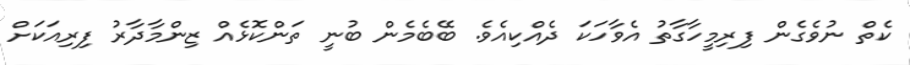
ކެތް ނުވެގެން ފިރިމީހާގާތު އެވާހަކަ ދެއްކިއެވެ. ބޭބެމެން ބުނީ ތަންކޮޅެއް ޒިންމާދާރު ފިރިއަކަށް